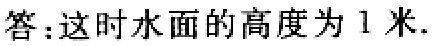
答：这时水面的高度为 1 米.